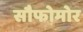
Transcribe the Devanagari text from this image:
सौफोमोर